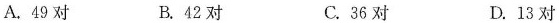
A.49对 B.42对 C.36对 D.13对